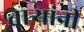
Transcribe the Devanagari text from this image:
तार्‍यांनी